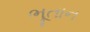
ભૂતાન